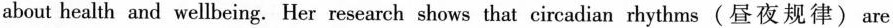
about health and wellbeing. Her research shows that circadian rhythms(昼夜规律)are